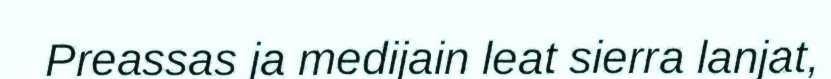
Preassas ja medijain leat sierra lanjat,